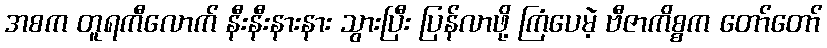
အစက တူရကီလောက် နီးနီးနားနား သွားပြီး ပြန်လာဖို့ ကြံပေမဲ့ ဗီဇာကိစ္စက တော်တော်